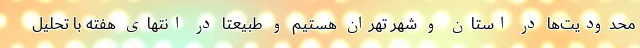
محدودیت‌ها در استان و شهر تهران هستیم و طبیعتا در انتهای هفته با تحلیل